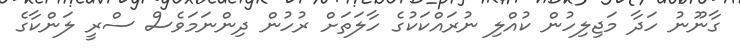
ގާނޫނު ހަދާ މަޖިލިހުން ކުއްލި ނުރައްކަކުގެ ހާލަތަށް ރުހުން ދިންނަމަވެސް ސްރީ ލަންކާގެ